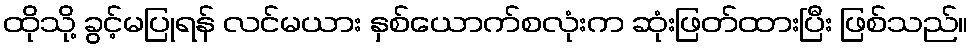
ထိုသို့ ခွင့်မပြုရန် လင်မယား နှစ်ယောက်စလုံးက ဆုံးဖြတ်ထားပြီး ဖြစ်သည်။